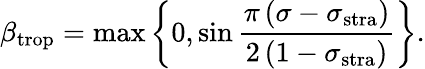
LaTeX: \beta_{\mathrm{trop}}=\operatorname*{max}\left\{ 0,\sin\frac{\pi\left(\sigma-\sigma_{\mathrm{stra}}\right)}{2\left(1-\sigma_{\mathrm{stra}}\right)}\right\} .